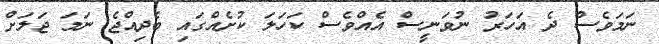
ނަމަވެސް ދެ އަހަރު ނުވަނީސް އެއްވެސް ކަހަލަ ކުށެއްގައި ބެދިއްޖެ ނަމަ ޖަލަށް